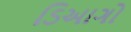
ડિઆગો